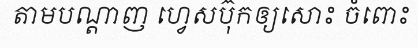
តាមបណ្តាញ ហ្វេសប៊ុកឲ្យសោះ ចំពោះ